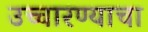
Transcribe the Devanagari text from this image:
उच्चारण्याचा